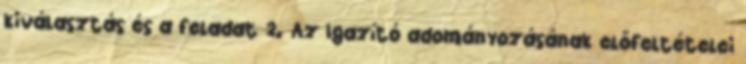
kiválasztás és a feladat 2. Az Igazító adományozásának előfeltételei